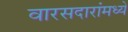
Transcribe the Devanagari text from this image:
वारसदारांमध्ये